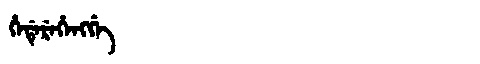
Manchu: ᡥᡝᡩᡝᡵᡝᡥᡝᠩᡤᡝ
Romanization: HEDEREHENGGE